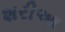
શરીઆ